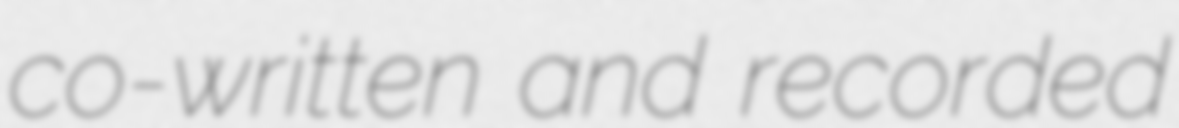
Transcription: co-written and recorded